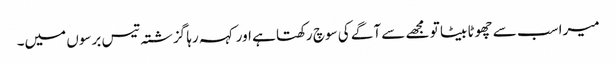
میرا سب سے چھوٹا بیٹا تو مجھے سے آگے کی سوچ رکھتا ہے اور کہہ رہا گزشتہ تیس برسوں میں۔